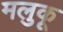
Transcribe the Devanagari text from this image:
मलुकू